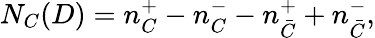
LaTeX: N_{C}(D)=n_{C}^{+}-n_{C}^{-}-n_{\bar{C}}^{+}+n_{\bar{C}}^{-},